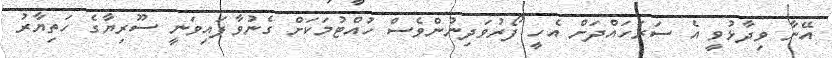
އޭނާ ވިދާޅުވީ އެ ސަރަހައްދަށް އެހީ ފޯރުވަދިނުންވެސް ހުއްޓުމަކަށް ގެނުވާފައިވަނީ ސޫރިޔާގެ ހަތިޔާރު